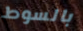
بالسوط